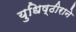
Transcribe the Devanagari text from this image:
युधिष्ठीराने